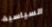
السياسية